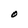
Character: O